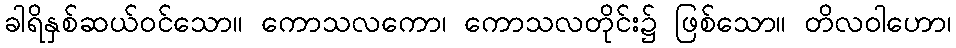
ခါရိနှစ်ဆယ်ဝင်သော။ ကောသလကော၊ ကောသလတိုင်း၌ ဖြစ်သော။ တိလဝါဟော၊